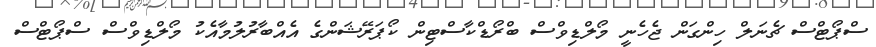
ސްޕޯޓްސް ޗެނަލް ހިންގަން ޖެހެނީ މޯލްޑިވްސް ބްރޯޑްކާސްޓިން ކޯޕަރޭޝަންގެ އެއްބާރުލުމާއެކު މޯލްޑިވްސް ސްޕޯޓްސް